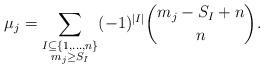
\begin{align*} \mu_j = \sum_{\substack{I\subseteq\{1,\dots,n\} \\ m_j \geq S_I} } (-1)^{|I|} \binom{ m_j -S_I+ n}{n}.\end{align*}